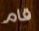
قام